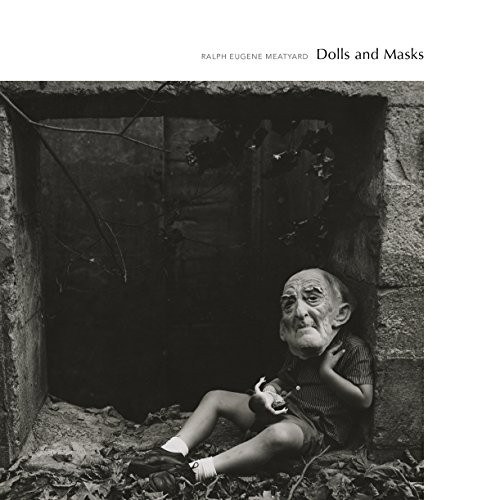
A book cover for Ralph Eugene Meatyard; Eugenia Parry; Arts & Photography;